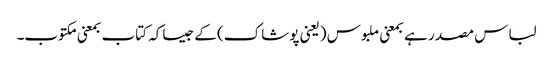
لباس مصدر ہے بمعنی ملبوس (یعنی پوشاک) کے جیساکہ کتاب بمعنی مکتوب۔